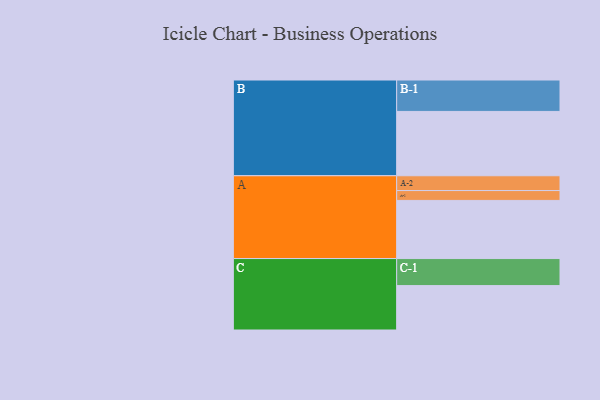
{"axis": {"x": "Segment", "y": "Value"}, "legend": ["", "A", "B", "C"], "data": [{"x": "A", "y": 507, "type": ""}, {"x": "B", "y": 561, "type": ""}, {"x": "C", "y": 387, "type": ""}, {"x": "A-1", "y": 86, "type": "A"}, {"x": "A-2", "y": 129, "type": "A"}, {"x": "B-1", "y": 274, "type": "B"}, {"x": "C-1", "y": 236, "type": "C"}]}